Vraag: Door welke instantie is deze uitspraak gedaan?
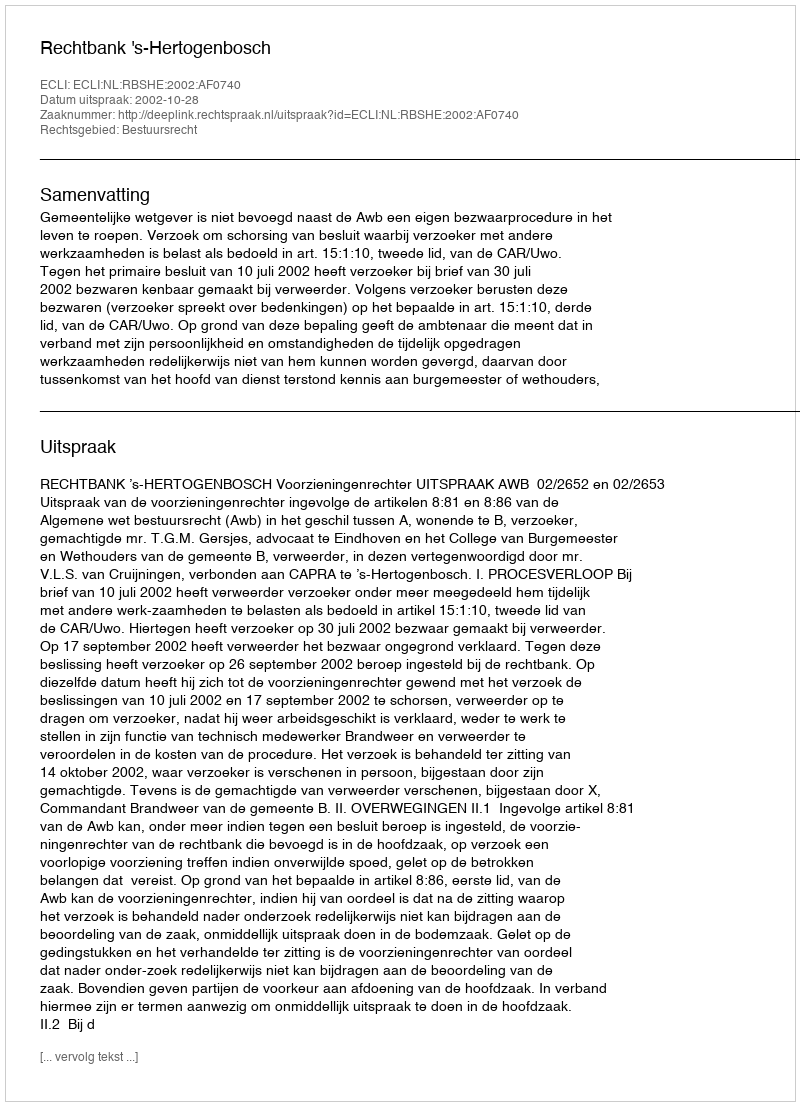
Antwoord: Rechtbank 's-Hertogenbosch